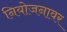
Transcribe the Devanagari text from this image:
नियोजनावर